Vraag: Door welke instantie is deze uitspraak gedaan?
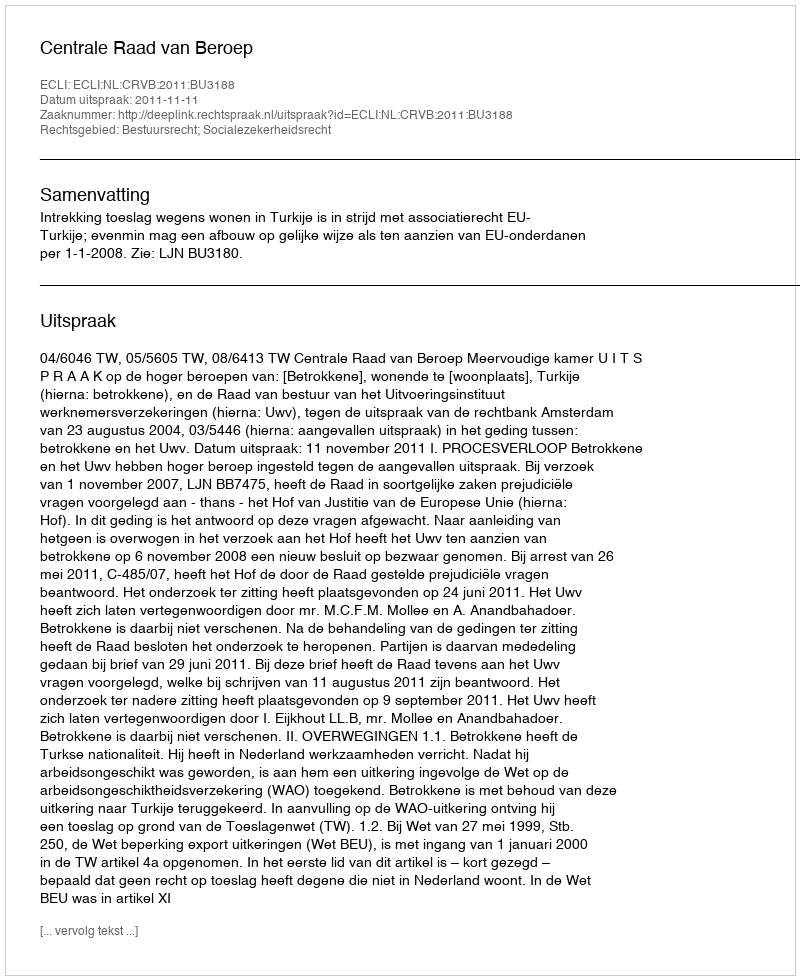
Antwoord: Centrale Raad van Beroep